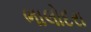
ભાલોદરા